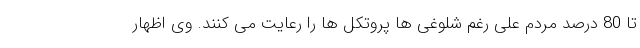
تا 80 درصد مردم علی رغم شلوغی ها پروتکل ها را رعایت می کنند. وی اظهار